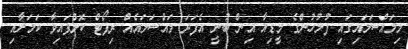
މިމައްސަލައިގައި ފުލުހުންގެ މީޑިއާ އިން ބުނީ އެފަދަ މައްސަލައެއް ރިޕޯޓް ކޮށްފައިވާ ކަމަށާއި